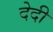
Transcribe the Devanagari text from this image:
देदी